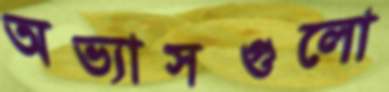
অভ্যাসগুলো